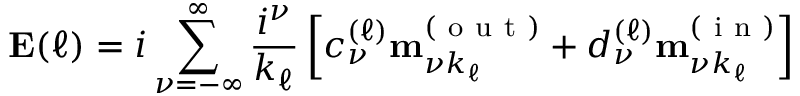
\mathbf { E } ( \ell ) = i \sum _ { \nu = - \infty } ^ { \infty } \frac { i ^ { \nu } } { k _ { \ell } } \left[ c _ { \nu } ^ { ( \ell ) } \mathbf { m } _ { \nu k _ { \ell } } ^ { ( \mathrm { ~ o ~ u ~ t ~ } ) } + d _ { \nu } ^ { ( \ell ) } \mathbf { m } _ { \nu k _ { \ell } } ^ { ( \mathrm { ~ i ~ n ~ } ) } \right]